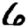
Digit: 6